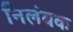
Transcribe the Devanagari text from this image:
निलंबक